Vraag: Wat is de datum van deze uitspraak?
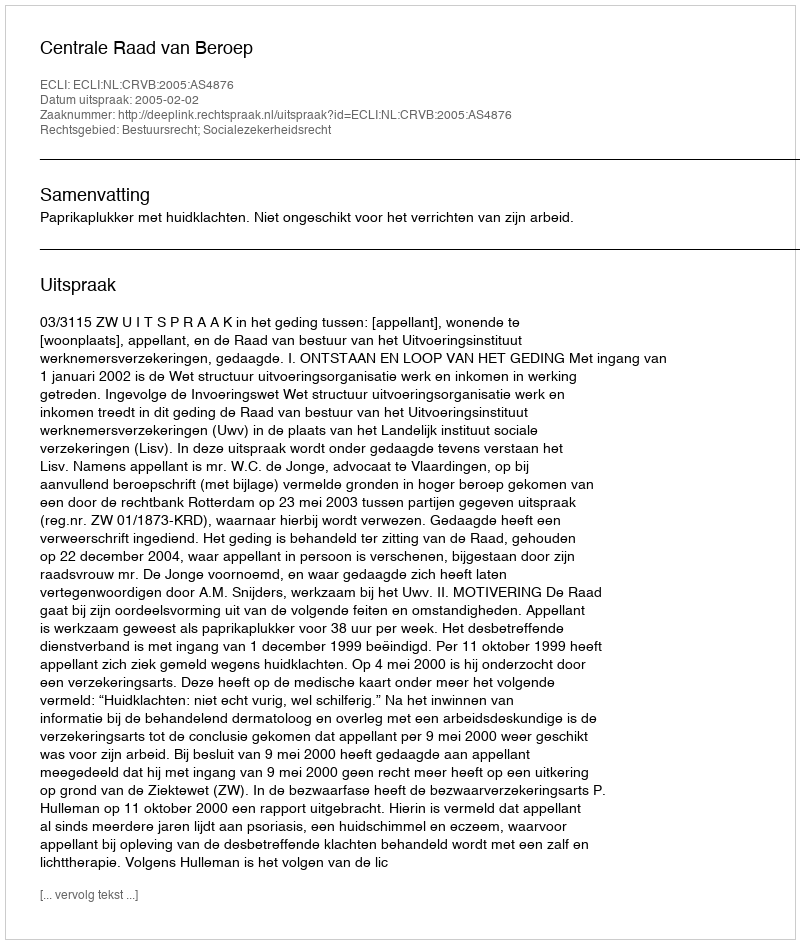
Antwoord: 2005-02-02